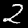
Label: 2